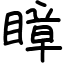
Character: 瞕